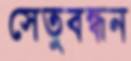
সেতুবন্ধন